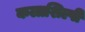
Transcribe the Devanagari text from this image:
कलाशिल्पी